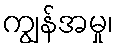
ကျွန်အမှု၊